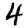
Digit: 4